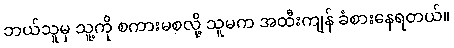
ဘယ်သူမှ သူ့ကို စကားမစလို့ သူမက အထီးကျန် ခံစားနေရတယ်။